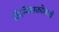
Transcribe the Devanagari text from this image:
फ्रॅन्सिस्कोमध्ये